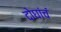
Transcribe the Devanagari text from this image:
दोघांचं